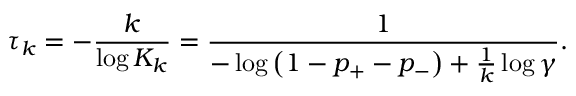
\tau _ { k } = - \frac { k } { \log K _ { k } } = \frac { 1 } { - \log \left( 1 - p _ { + } - p _ { - } \right) + \frac { 1 } { k } \log \gamma } .